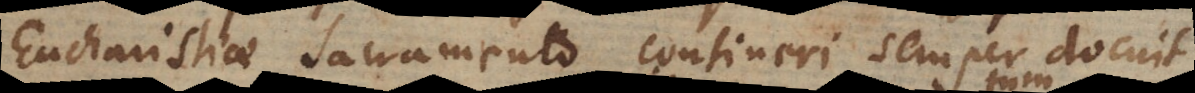
Eucharistiae Sacramento contineri semper docuit